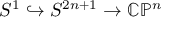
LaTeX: S ^ { 1 } \hookrightarrow S ^ { 2 n + 1 } \to \mathbb { C P } ^ { n }